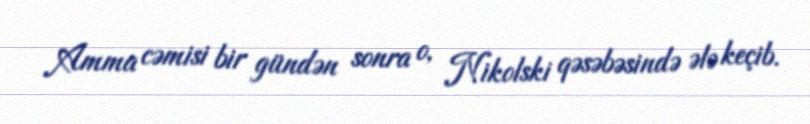
Amma cəmisi bir gündən sonra o, Nikolski qəsəbəsində ələ keçib.